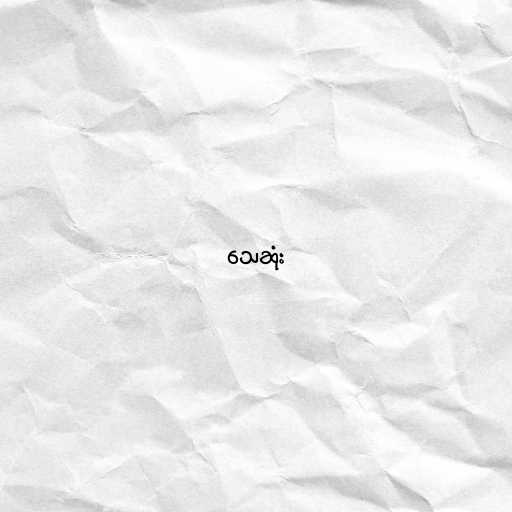
သေဆုံး